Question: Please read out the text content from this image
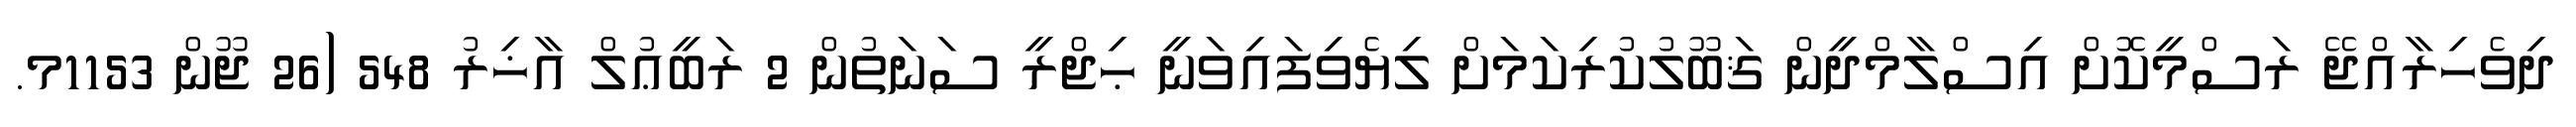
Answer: ދިވެހިރާއްޖޭ ރަސްމީކޮށް އިސްލާމްދީން ޤަބޫލުކުރިކަމަށް ލިޔެވިފައިވަނީ ޙިޖްރީ ސަނަތުން 2 ރަބީޢުލް އާޚިރު 548 (26 ޖޫން 1153މ.